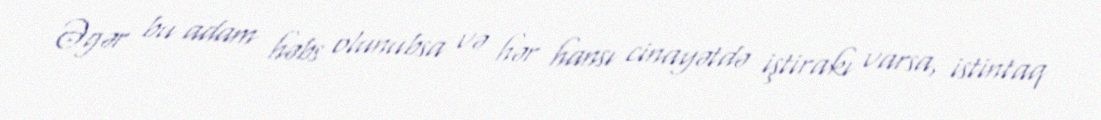
Əgər bu adam həbs olunubsa və hər hansı cinayətdə iştirakı varsa, istintaq